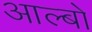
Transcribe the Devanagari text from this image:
आल्बो